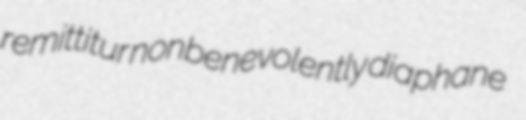
remittitur nonbenevolently diaphane